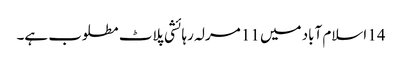
14 اسلام آباد میں 11 مرلہ رہائشی پلاٹ مطلوب ہے۔